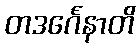
တဒင်္ဂေနာတိ